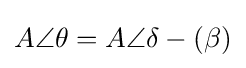
A\angle \theta =A\angle \delta -(\beta )